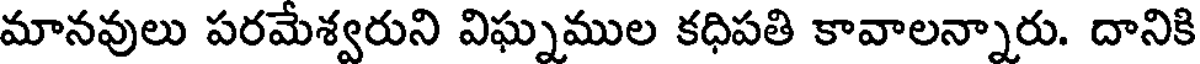
మానవులు పరమేశ్వరుని విఘ్నముల కధిపతి కావాలన్నారు. దానికి